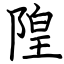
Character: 隍